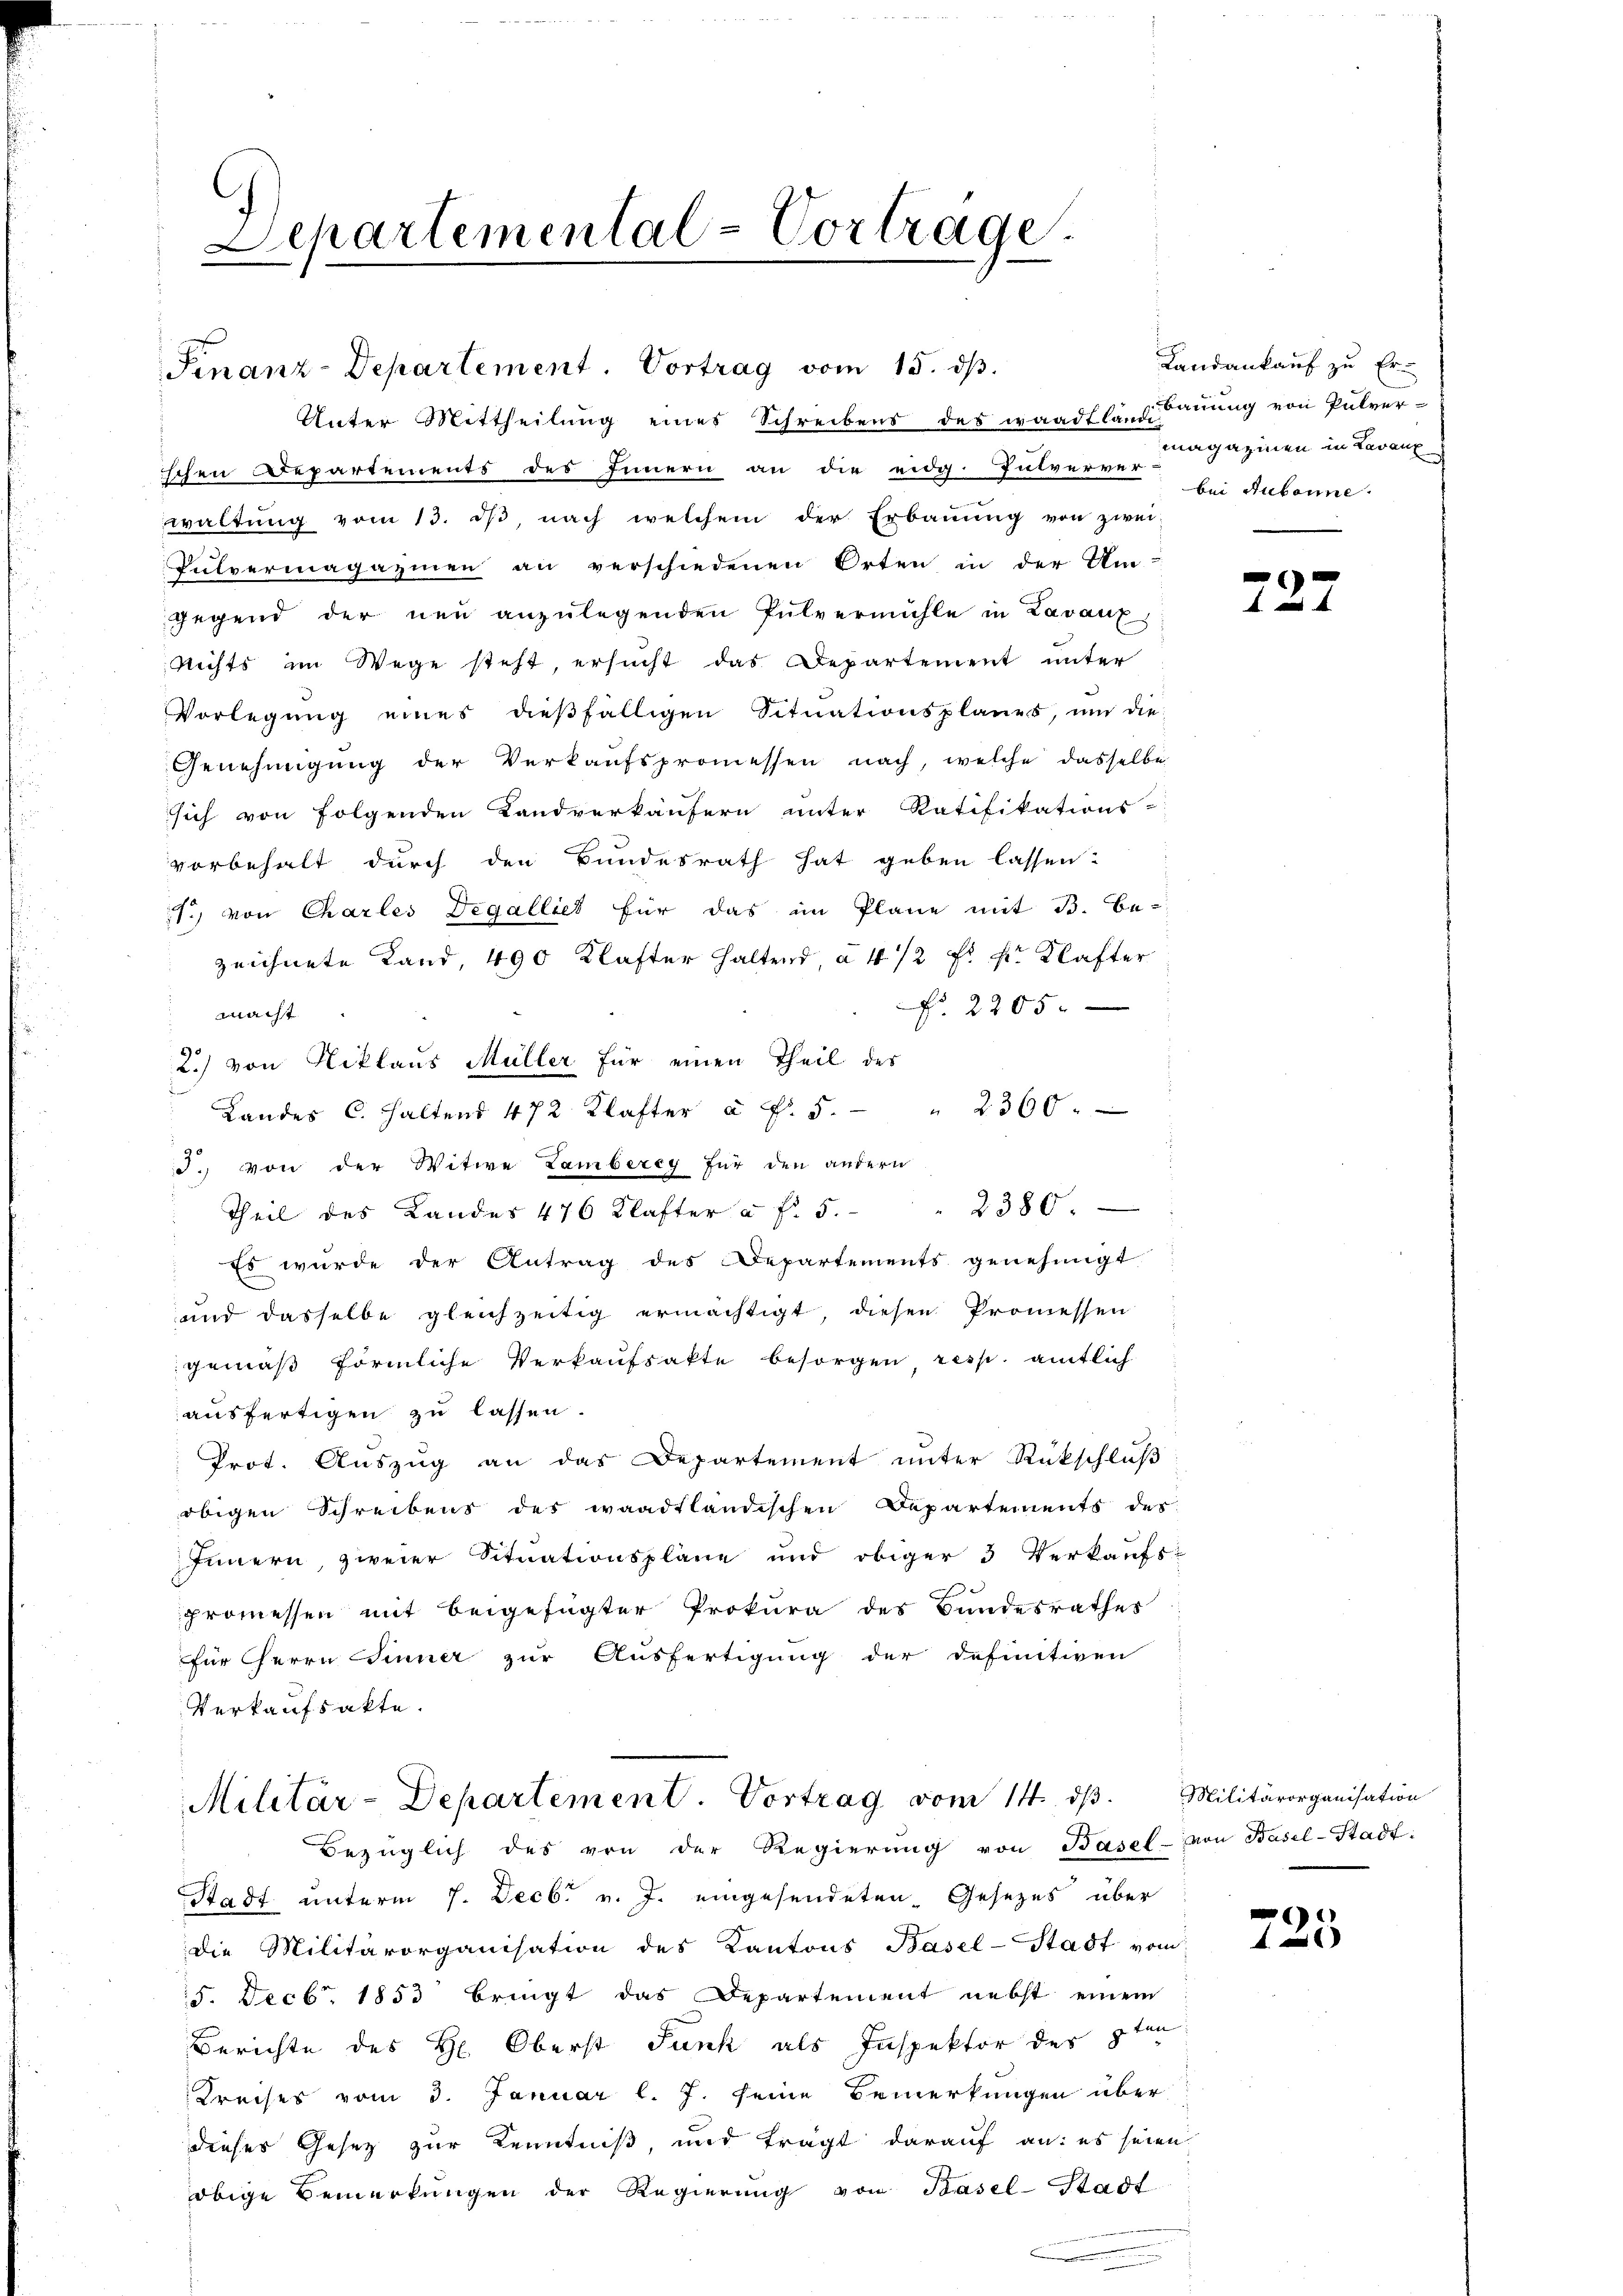
Lepartemental-Vortrage.

Unter Mittheilŭng eines Schreibens des waadtlang Baŭŭng von Pulver-
schen Departements des Innern an die eidg. Pulverver
waltŭng vom 13. dβ, nach welchem der Erbauung von zwei-
Pulvermagazinen an verschiedenen Orten in der Um-
gegend der neu anzŭlegenden Pulvermühle in Lavaux,
Richts im Wege steht, ersucht das Departement unter
Vorlegŭng eines dieβfälligen Situationsplanes, um die
Genehmigŭng der Verkaŭfspromessen nach, welche dasselbe
sich von folgenden Landverkäufern unter Ratifikations-
vorbehalt durch den Bundesrath hat geben lassen.
.) von Charles Degalliet für das im Plane mit B. Be-
zeichnete Land, 490 Klafter haltend à 4 1/2 Fr. pr. Klafter
No. 2205.
macht
2.) von Niklaus Müller für einen Theil des
Landes C. Haltend 472 Klafter à Fr. 5. " 2360
d. von der Witwe Lamberey für den andern
2380.
Theil des Landes 476 Klafter a. f. 5.
 Es wurde der Antrag des Departements genehmigt
und dasselbe gleichzeitig ermächtigt, diesen Promessen
gemäß förmliche Verkaufsakte besorgen resp. amtlich
ausfertigen zu lassen.
Prot. Auszug an das Departement unter Rückschluß
obigen Schreibens des waadtländischen Departements des
Innern, zweier Situationspläne und obiger 3 Verkaufs-
promessen mit beigefügter Prokura des Bundesrathes
für herrn Sinner zur Ausfertigung der definitiven
Verkaufsakte.
Militär-Departement. Vortrag vom 14. ds. Militärorganisation
Bezüglich des von der Regierŭng von Basel- von Basel-Stadt:
Stadt unterm 7. Decbr v. J. eingesendeten Gesezes über
die Militärorganisation des Kantons Basel-Stadt vom
5. Decbr. 1853 bringt das Departement nebst einem
Berichte des H: Oberst Junk als Inspektor der 8ten
Kreises vom 3. Januar l. J. seine Bemerkungen über
dieser Gesetz zur Kenntniß, und trägt darauf an: es seien
obige Bemerkungen der Regierung von Basel-Stadt

Finanz-Departement. Vortrag vom 15. dβ.

Landankauf zu Er-
magazinen in Lavaux
bei Aubonne.

e

725